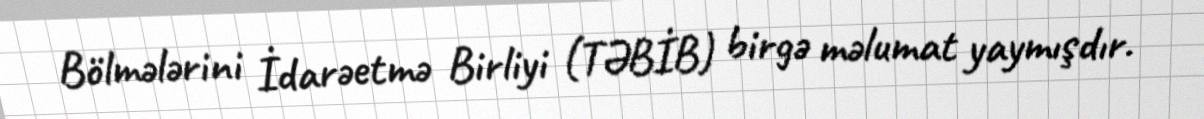
Bölmələrini İdarəetmə Birliyi (TƏBİB) birgə məlumat yaymışdır.